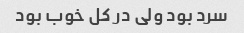
سرد بود ولی در کل خوب بود